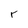
Character: r